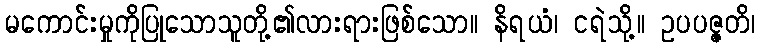
မကောင်းမှုကိုပြုသောသူတို့၏လားရားဖြစ်သော။ နိရယံ၊ ငရဲသို့။ ဥပပဇ္ဇတိ၊